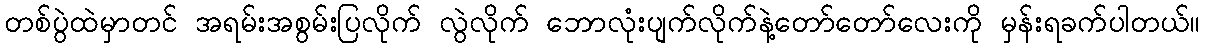
တစ်ပွဲထဲမှာတင် အရမ်းအစွမ်းပြလိုက် လွဲလိုက် ဘောလုံးပျက်လိုက်နဲ့တော်တော်လေးကို မှန်းရခက်ပါတယ်။